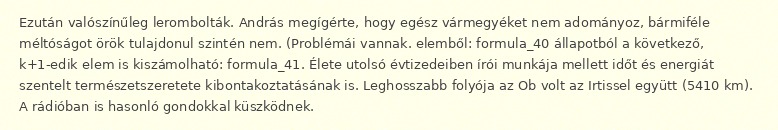
Ezután valószínűleg lerombolták. András megígérte, hogy egész vármegyéket nem adományoz, bármiféle méltóságot örök tulajdonul szintén nem. (Problémái vannak. elemből: formula_40 állapotból a következő, k+1-edik elem is kiszámolható: formula_41. Élete utolsó évtizedeiben írói munkája mellett időt és energiát szentelt természetszeretete kibontakoztatásának is. Leghosszabb folyója az Ob volt az Irtissel együtt (5410 km). A rádióban is hasonló gondokkal küszködnek.